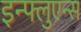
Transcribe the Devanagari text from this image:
इन्फ्लुएन्स